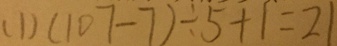
( 1 ) ( 1 0 7 - 7 ) \div 5 + 1 = 2 1